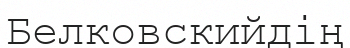
Белковскийдің